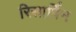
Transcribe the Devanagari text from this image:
रिसार्पिन